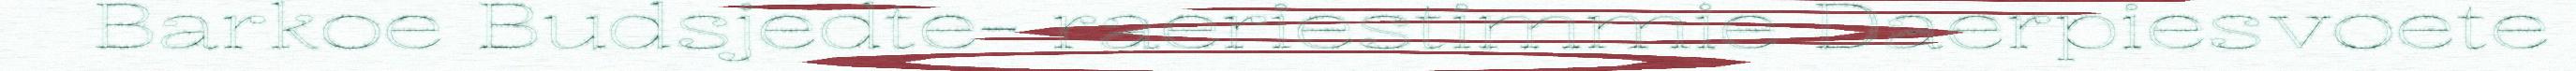
Barkoe Budsjedte- raeriestimmie Daerpiesvoete